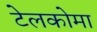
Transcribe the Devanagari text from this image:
टेलकोमा